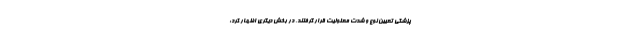
پزشکی تعیین نوع و شدت معلولیت قرار گرفتند، در بخش دیگری اظهار کرد: